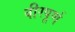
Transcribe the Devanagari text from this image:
वीरपूर्ण